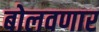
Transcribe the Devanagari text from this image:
बोलवणार